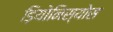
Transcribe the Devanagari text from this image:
ड़ियोनिस्योस